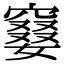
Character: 䆯